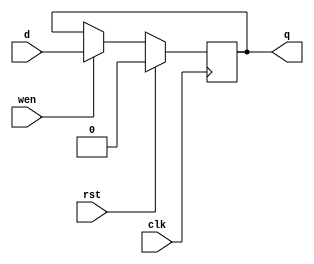
// Gokul's D-flipflop

module pipe_ff (q, d, wen, clk, rst);

    output         q; //DFF output
    input          d; //DFF input
    input 	   wen; //Write Enable - I can't think of a good reason to use this here
    input          clk; //Clock
    input          rst; //Reset (used synchronously)

    reg            state;

    // wires needed //
    /*input d_MemRead;
    input d_MemWrite;

    input d_RegisterRd;
    input d_RegisterRs;
    input d_RegisterRt;   

    input d_RegWrite;

    input d_Branch; // May not need this for all stuff
    input [31:0] d_SignExtend;
*/

    assign q = state;

    always @(posedge clk) begin
      state = rst ? 0 : (wen ? d : state);
    end

endmodule